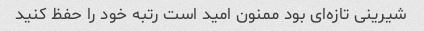
شیرینی تازه‌ای بود ممنون امید است رتبه خود را حفظ کنید